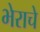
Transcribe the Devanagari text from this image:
भेराचे